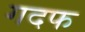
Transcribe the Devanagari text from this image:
गदफ